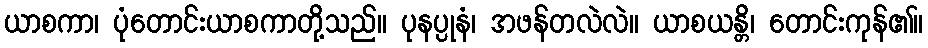
ယာစကာ၊ ပုံတောင်းယာစကာတို့သည်။ ပုနပ္ပုနံ၊ အဖန်တလဲလဲ။ ယာစယန္တိ၊ တောင်းကုန်၏။